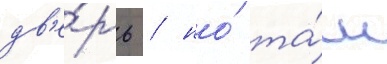
дв'е́рь / но́ та́м